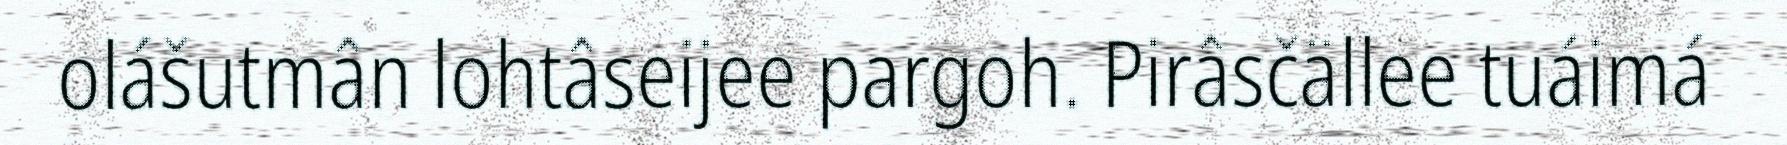
olášutmân lohtâseijee pargoh. Pirâsčällee tuáimá